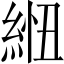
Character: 𦁁